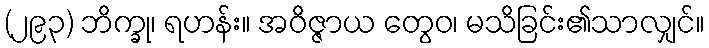
(၂၉၃) ဘိက္ခု၊ ရဟန်း။ အဝိဇ္ဇာယ တွေဝ၊ မသိခြင်း၏သာလျှင်။